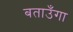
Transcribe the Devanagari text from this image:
बताउँगा